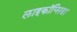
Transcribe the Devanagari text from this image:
लाइकॉप्सिडा